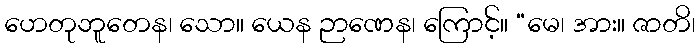
ဟေတုဘူတေန၊ သော။ ယေန ဉာဏေန၊ ကြောင့်။ “မေ၊ အား။ ဇာတိ၊